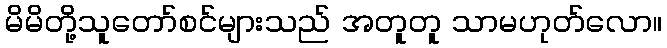
မိမိတို့သူတော်စင်များသည် အတူတူ သာမဟုတ်လော။